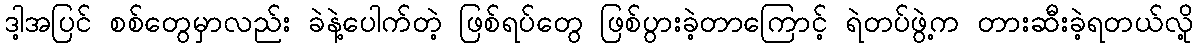
ဒါ့အပြင် စစ်တွေမှာလည်း ခဲနဲ့ပေါက်တဲ့ ဖြစ်ရပ်တွေ ဖြစ်ပွားခဲ့တာကြောင့် ရဲတပ်ဖွဲ့က တားဆီးခဲ့ရတယ်လို့